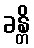
ခန္တိ